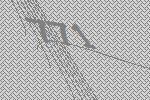
771